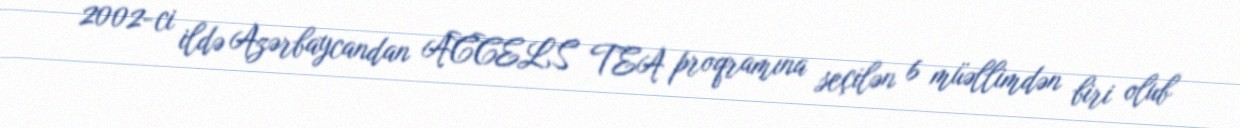
2002-ci ildə Azərbaycandan ACCELS TEA proqramına seçilən 6 müəllimdən biri olub